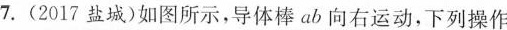
7.(2017盐城)如图所示，导体棒ab向右运动，下列操作